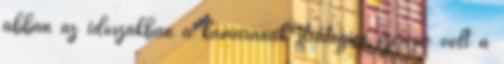
abban az idôszakban a kamarának stratégiai szerepe volt a